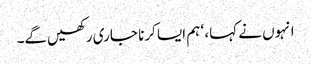
انہوں نے کہا، ‘ ہم ایسا کرنا جاری رکھیں‌گے۔